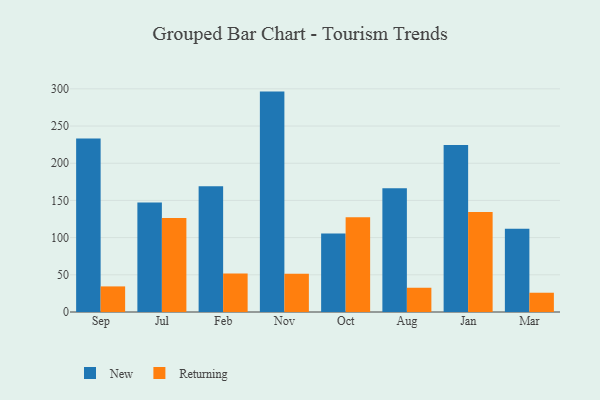
{"axis": {"x": "Month", "y": "Temperature (°C)"}, "legend": ["New", "Returning"], "data": [{"x": "Sep", "y": 233.2, "type": "New"}, {"x": "Sep", "y": 34.4, "type": "Returning"}, {"x": "Jul", "y": 147.1, "type": "New"}, {"x": "Jul", "y": 126.3, "type": "Returning"}, {"x": "Feb", "y": 169.0, "type": "New"}, {"x": "Feb", "y": 51.9, "type": "Returning"}, {"x": "Nov", "y": 296.3, "type": "New"}, {"x": "Nov", "y": 51.4, "type": "Returning"}, {"x": "Oct", "y": 105.6, "type": "New"}, {"x": "Oct", "y": 127.5, "type": "Returning"}, {"x": "Aug", "y": 166.3, "type": "New"}, {"x": "Aug", "y": 32.6, "type": "Returning"}, {"x": "Jan", "y": 224.6, "type": "New"}, {"x": "Jan", "y": 134.4, "type": "Returning"}, {"x": "Mar", "y": 111.8, "type": "New"}, {"x": "Mar", "y": 25.9, "type": "Returning"}]}